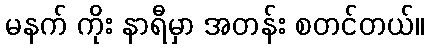
မနက် ကိုး နာရီမှာ အတန်း စတင်တယ်။